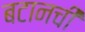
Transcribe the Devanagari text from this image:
बटानची